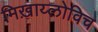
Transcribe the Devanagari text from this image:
मिख़ाय्लोविच